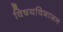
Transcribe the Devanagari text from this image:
विषयविभाजन